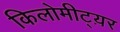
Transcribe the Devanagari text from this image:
किलोमीट्य़र